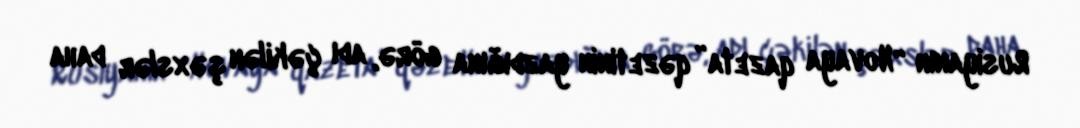
Rusiyanın “Novaya qazeta” qəzetinin yazdığına görə, adı çəkilən şəxslər daha